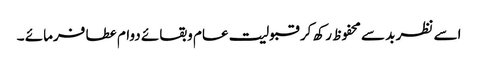
اسے نظر بد سے محفوظ رکھ کر قبولیت عام وبقائے دوام عطا فرمائے ۔